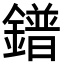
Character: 鐠